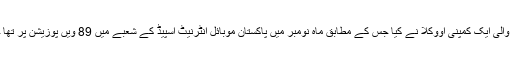
اس بات کا انکشاف عالمی طور پر موبائل انٹرنیٹ اسپیڈ کا جائزہ لینے والی ایک کمپنی اووکلا نے کیا جس کے مطابق ماہِ نومبر میں پاکستان موبائل انٹرنیٹ اسپیڈ کے شعبے میں 89 ویں پوزیشن پر تھا جب کہ گزشتہ ماہ 3 درجے بہتری کے ساتھ پاکستان کا نمبر 86 تھا۔